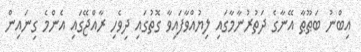
އިބްނު ބަޠޫޠާ އޭނާގެ ދަތުރުނާމާގައި ލިޔުއްވާފައިވާ ގޮތުގައި ދިވެހި ރާއްޖޭގައި އެންމެ ގިނައިން